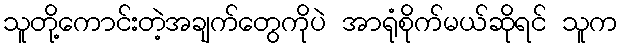
သူတို့ကောင်းတဲ့အချက်တွေကိုပဲ အာရုံစိုက်မယ်ဆိုရင် သူက